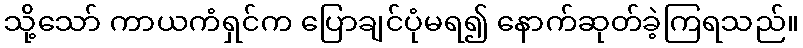
သို့သော် ကာယကံရှင်က ပြောချင်ပုံမရ၍ နောက်ဆုတ်ခဲ့ကြရသည်။